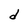
Character: d